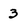
Character: 3